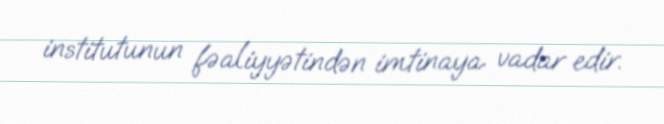
institutunun fəaliyyətindən imtinaya vadar edir.